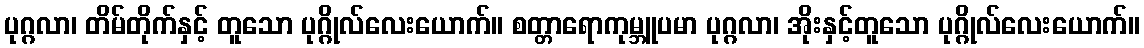
ပုဂ္ဂလာ၊ တိမ်တိုက်နှင့် တူသော ပုဂ္ဂိုလ်လေးယောက်။ စတ္တာရောကုမ္ဘူပမာ ပုဂ္ဂလာ၊ အိုးနှင့်တူသော ပုဂ္ဂိုလ်လေးယောက်။